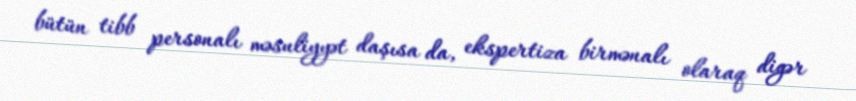
bütün tibb personalı məsuliyyət daşısa da, ekspertiza birmənalı olaraq digər